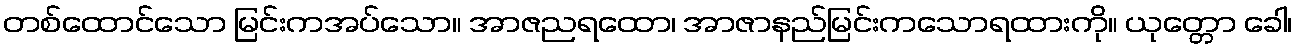
တစ်ထောင်သော မြင်းကအပ်သော။ အာဇညရထော၊ အာဇာနည်မြင်းကသောရထားကို။ ယုတ္တော ခေါ၊